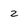
Character: z